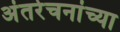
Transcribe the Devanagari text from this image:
अंतर्रचनांच्या